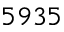
5 9 3 5